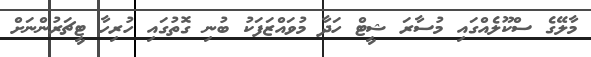
މާލޭގެ ސްކޫލެއްގައި މުސާރަ ޝީޓް ހަދާ މުވައްޒަފަކު ބުނި ގޮތުގައި ހުރިހާ ޓީޗަރުންނަށް